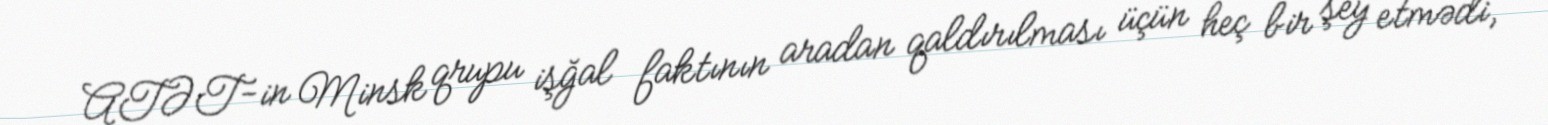
ATƏT-in Minsk qrupu işğal faktının aradan qaldırılması üçün heç bir şey etmədi,